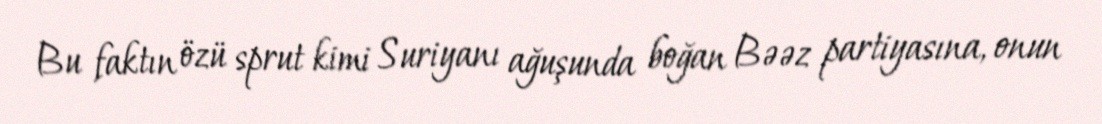
Bu faktın özü sprut kimi Suriyanı ağuşunda boğan Bəəz partiyasına, onun